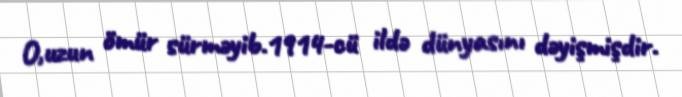
O,uzun ömür sürməyib.1914-cü ildə dünyasını dəyişmişdir.